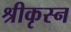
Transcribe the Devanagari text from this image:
श्रीकृस्‍न